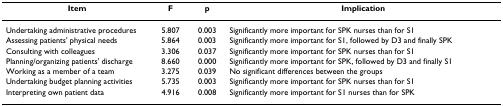
| Item | F | p | Implication |
 | --- | --- | --- | --- |
 | Undertaking administrative procedures | 5.807 | 0.003 | Significantly more important for SPK nurses than for S1 |
 | Assessing patients' physical needs | 5.864 | 0.003 | Significantly more important for S1, followed by D3 and finally SPK |
 | Consulting with colleagues | 3.306 | 0.037 | Significantly more important for SPK nurses than for S1 |
 | Planning/organizing patients' discharge | 8.660 | 0.000 | Significantly more important for SPK, followed by D3 and finally S1 |
 | Working as a member of a team | 3.275 | 0.039 | No significant differences between the groups |
 | Undertaking budget planning activities | 5.735 | 0.003 | Significantly more important for SPK nurses than for S1 |
 | Interpreting own patient data | 4.916 | 0.008 | Significantly more important for S1 nurses than for SPK |